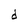
Character: d